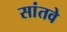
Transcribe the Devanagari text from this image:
सांतवे